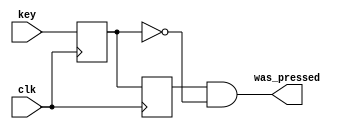
module button
(
	input clk,
	input key,
	output was_pressed
);
reg but_r;
reg but_rr;

always @(posedge clk)
begin
	but_r <= key;
	but_rr <= but_r;
end
	assign was_pressed = but_rr & ~but_r;
endmodule // button


module shift_register
(
	input clk,
	input rst_key,
	input ls_key,
	input rs_key,
	input ls_bit,
	input rs_bit,
	output [7:0] LEDS

);

wire reset_was_pressed, left_shift, rigth_shift;
reg [7:0] register;

button reset_button
(
	.clk		(clk),
	.key		(rst_key),
	.was_pressed(reset_was_pressed)
);

button left_shift_button
(
	.clk		(clk),
	.key		(ls_key),
	.was_pressed(left_shift)
);

button right_shift_button
(
	.clk		(clk),
	.key		(rs_key),
	.was_pressed(right_shift)
);

always @(posedge clk)
begin
	if (!rst_key)
		register <= 0;
	else if (left_shift)
		register <= {register[6:0], ls_bit};  //(register << 1) | ls_bit;
	else if (right_shift)
		register <= {rs_bit, register[7:1]}; 
end

assign LEDS = register;

endmodule